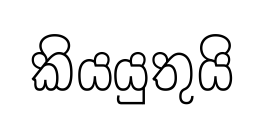
කියයුතුයි